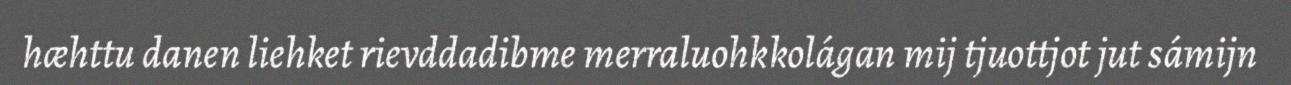
hæhttu danen liehket rievddadibme merraluohkkolágan mij tjuottjot jut sámijn